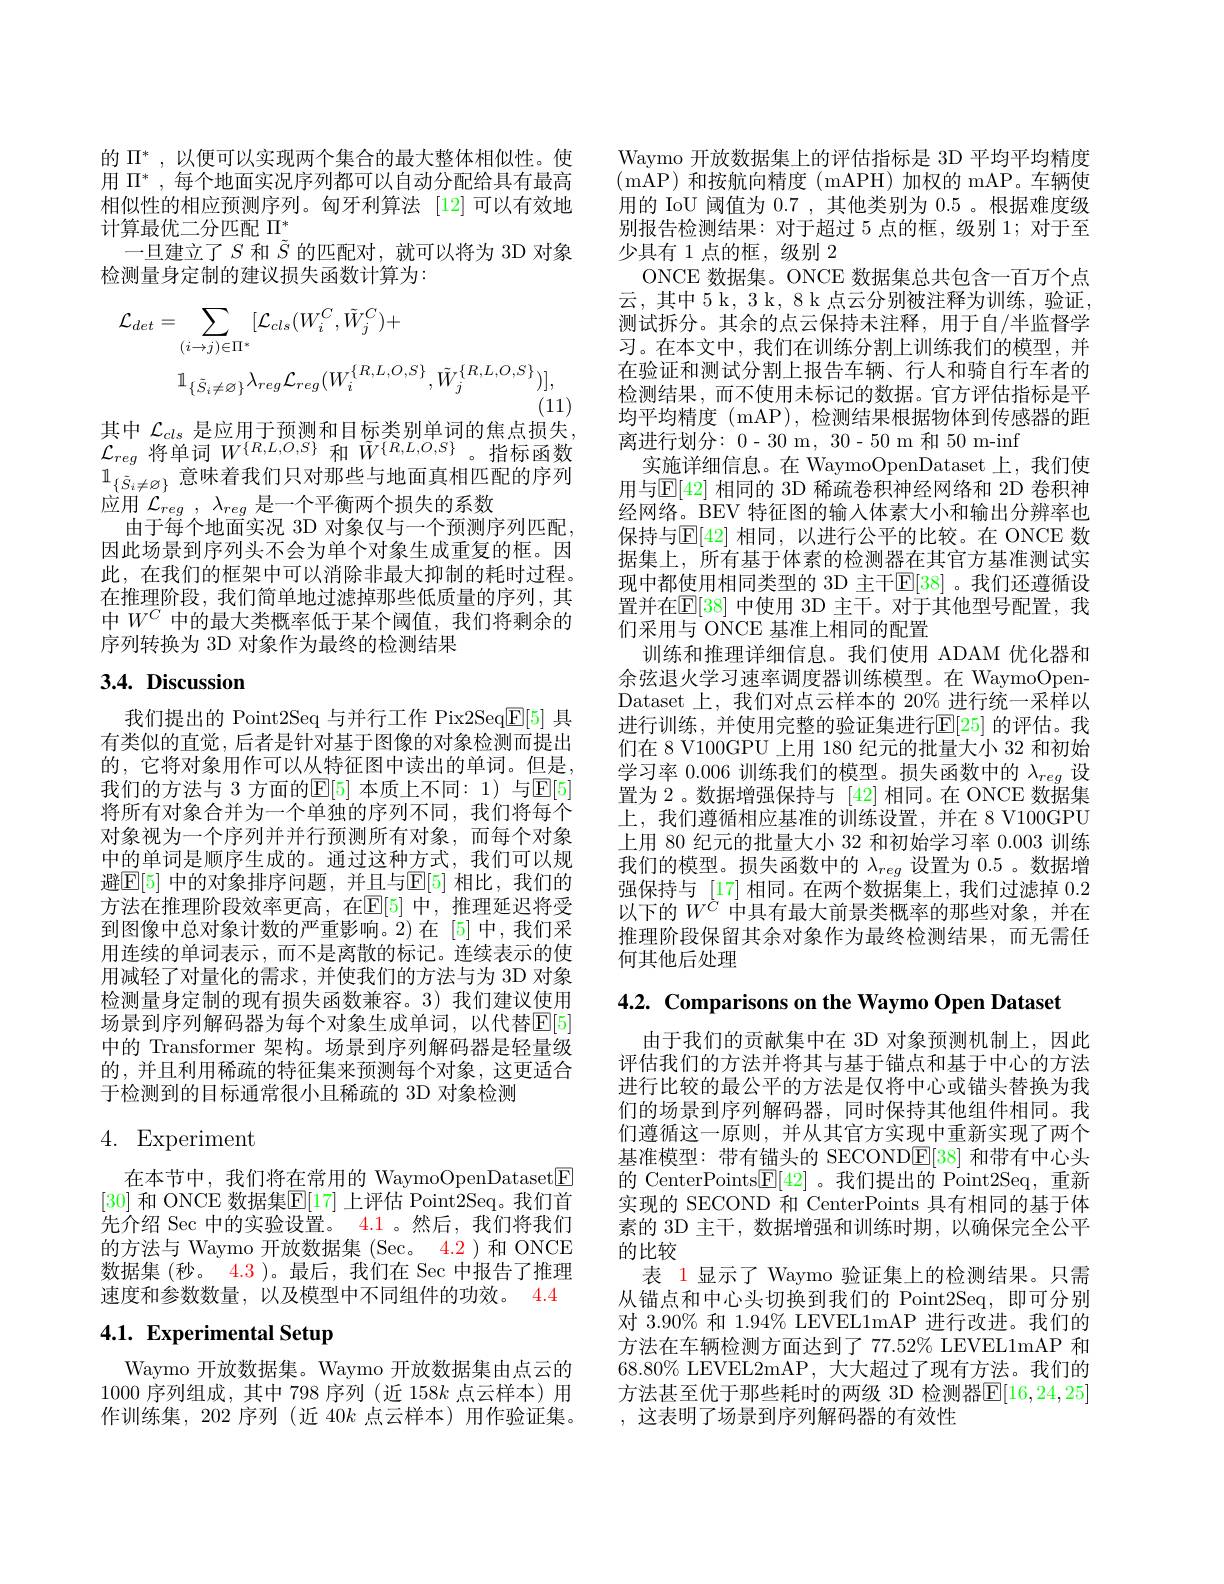
的$\Pi^*$,以便可以实现两个集合的最大整体相似性。使用$\Pi^*$,每个地面实况序列都可以自动分配给具有最高相似性的相应预测序列。匈牙利算法 [12]可以有效地计算最优二分匹配$\Pi^*$
一旦建立了$S$和$\tilde{S}$的匹配对，就可以将为 3D 对象
检测量身定制的建议损失函数计算为：
$$\begin{aligned}\mathcal{L}_{det}&=\sum_{(i\to j)\in\Pi^{*}}[\mathcal{L}_{cls}(W_{i}^{C},\tilde{W}_{j}^{C})+\\&\mathbb{1}_{\{\bar{S}_{i}\neq\varnothing\}}\lambda_{reg}\mathcal{L}_{reg}(W_{i}^{\{R,L,O,S\}},\tilde{W}_{j}^{\{R,L,O,S\}})],\end{aligned}$$
其中 $\mathcal{L}_cls$ 是应用于预测和目标类别单词的焦点损失， $\mathcal{L}_{reg}$将单词$W^{\{R,L,O,S\}}$和$\tilde{W}^{\{R,L,O,S\}}$。指标函数$1_{\{\tilde{S}_i\neq\varnothing\}}$意味着我们只对那些与地面真相匹配的序列应用$\mathcal{L} _{reg}$ , $\lambda _{reg}$是一个平衡两个损失的系数
由于每个地面实况 3D 对象仅与一个预测序列匹配， 因此场景到序列头不会为单个对象生成重复的框。因此，在我们的框架中可以消除非最大抑制的耗时过程。在推理阶段，我们简单地过滤掉那些低质量的序列，其中$W^C$ 中的最大类概率低于某个阈值，我们将剩余的序列转换为 3D 对象作为最终的检测结果

# 3.4. Discussion

我们提出的 Point2Seq 与并行工作 Pix2Seq$\overline{\mathbb{E}}[5]$具有类似的直觉，后者是针对基于图像的对象检测而提出的，它将对象用作可以从特征图中读出的单词。但是， 我们的方法与 3 方面的$\mathbb{E}[5]$ 本质上不同：1)与$\mathbb{E}[5]$ 将所有对象合并为一个单独的序列不同，我们将每个对象视为一个序列并并行预测所有对象，而每个对象中的单词是顺序生成的。通过这种方式，我们可以规避$\boxed{\mathbb{E}[5]}$ 中的对象排序问题，并且与$\mathbb{E}[5]$ 相比，我们的方法在推理阶段效率更高，在$\mathbb{E}[5]$ 中，推理延迟将受到图像中总对象计数的严重影响。2)在[5]中，我们采用连续的单词表示，而不是离散的标记。连续表示的使用减轻了对量化的需求，并使我们的方法与为 3D 对象检测量身定制的现有损失函数兼容。3)我们建议使用场景到序列解码器为每个对象生成单词，以代替$\mathbb{E}[5]$ 中的 Transformer 架构。场景到序列解码器是轻量级的，并且利用稀疏的特征集来预测每个对象，这更适合于检测到的目标通常很小且稀疏的 3D 对象检测

# 4. Experiment

在本节中，我们将在常用的 WaymoOpenDataset$\boxed{\mathrm{F}}$ [30] 和 ONCE 数据集$\mathbb{E}[17]$ 上评估 Point2Seq。我们首先介绍 Sec 中的实验设置。4.1 。然后，我们将我们的方法与 Waymo 开放数据集 (Sec。4.2)和 ONCE 数据集 (秒。4.3 )。最后，我们在 Sec 中报告了推理速度和参数数量，以及模型中不同组件的功效。4.4

# 4.1. Experimental Setup

Waymo 开放数据集。Waymo 开放数据集由点云的1000序列组成，其中 798 序列 (近 158k 点云样本)用作训练集，202 序列 (近 40$k$点云样本)用作验证集。

Waymo 开放数据集上的评估指标是 3D 平均平均精度(mAP)和按航向精度(mAPH)加权的 mAP。车辆使用的 IoU 阈值为0.7 ,其他类别为0.5 。根据难度级别报告检测结果：对于超过 5 点的框，级别 1; 对于至少具有 1 点的框，级别 2
ONCE 数据集。ONCE 数据集总共包含一百万个点云，其中5k，3 k, 8 k 点云分别被注释为训练，验证， 测试拆分。其余的点云保持未注释，用于自/半监督学习。在本文中，我们在训练分割上训练我们的模型，并在验证和测试分割上报告车辆、行人和骑自行车者的检测结果，而不使用未标记的数据。官方评估指标是平均平均精度 (mAP), 检测结果根据物体到传感器的距离进行划分：0-30 m, 30-50 m 和 50 m-inf
实施详细信息。在 WaymoOpenDataset 上，我们使用与$\mathbb{E}[42]$ 相同的 3D 稀疏卷积神经网络和 2D 卷积神经网络。BEV 特征图的输入体素大小和输出分辨率也保持与$\operatorname{E[42]}$ 相同，以进行公平的比较。在 ONCE 数据集上，所有基于体素的检测器在其官方基准测试实现中都使用相同类型的 3D 主干$\mathbb{E}[38]$ 。我们还遵循设置并在$\mathbb{E}[38]$ 中使用 3D 主干。对于其他型号配置，我们采用与 ONCE 基准上相同的配置
训练和推理详细信息。我们使用 ADAM 优化器和余弦退火学习速率调度器训练模型。在 WaymoOpenDataset 上，我们对点云样本的 20% 进行统一采样以进行训练，并使用完整的验证集进行$\mathbb{E}[25]$ 的评估。我们在 8 V100GPU 上用 180 纪元的批量大小 32 和初始学习率0.006训练我们的模型。损失函数中的$\lambda_{reg}$设置为 2 。数据增强保持与[42]相同。在 ONCE 数据集上，我们遵循相应基准的训练设置，并在 8 V100GPU 上用 80 纪元的批量大小 32 和初始学习率 0.003 训练我们的模型。损失函数中的$\lambda_{reg}$设置为0.5 。数据增强保持与[17]相同。在两个数据集上，我们过滤掉0.2以下的$W^{\grave{C}}$中具有最大前景类概率的那些对象，并在推理阶段保留其余对象作为最终检测结果，而无需任何其他后处理

4.2. Comparisons on the Waymo Open Dataset

由于我们的贡献集中在 3D 对象预测机制上，因此评估我们的方法并将其与基于锚点和基于中心的方法进行比较的最公平的方法是仅将中心或锚头替换为我们的场景到序列解码器，同时保持其他组件相同。我们遵循这一原则，并从其官方实现中重新实现了两个基准模型：带有锚头的 SECOND$\underline{\mathrm{E}}[38]$和带有中心头的 CenterPoints$\boxed{\mathrm{F}}[42]$ 。我们提出的 Point2Seq, 重新实现的 SECOND 和 CenterPoints 具有相同的基于体素的 3D 主干，数据增强和训练时期，以确保完全公平的比较
表 1显示了 Waymo 验证集上的检测结果。只需从锚点和中心头切换到我们的 Point2Seq, 即可分别对 3.90% 和 1.94% LEVEL1mAP 进行改进。我们的方法在车辆检测方面达到了 77.52% LEVEL1mAP 和$68.80\%$ LEVEL2mAP,大大超过了现有方法。我们的方法甚至优于那些耗时的两级 3D 检测器$\mathbb{E}[16,24,25]$ ,这表明了场景到序列解码器的有效性